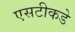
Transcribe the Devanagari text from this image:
एसटीकडे